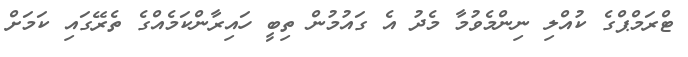
ޓްރަމްޕްގެ ކުއްލި ނިންމެވުމާ މެދު އެ ގައުމުން ތިބީ ހައިރާންކަމެއްގެ ތެރޭގައި ކަމަށް